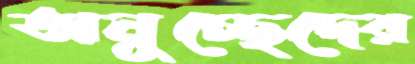
অনুচ্ছেদের